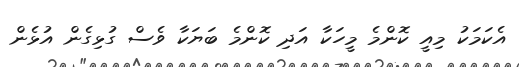
އެކަމަކު މިއީ ކޮންމެ މީހަކާ އަދި ކޮންމެ ބަޔަކާ ވެސް ގުޅިގެން އުޅެން